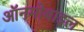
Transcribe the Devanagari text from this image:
ऑनमोबाइल